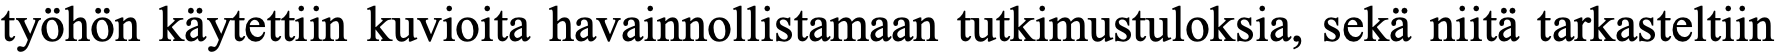
työhön käytettiin kuvioita havainnollistamaan tutkimustuloksia, sekä niitä tarkasteltiin